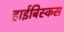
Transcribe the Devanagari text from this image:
हाईबिस्कस